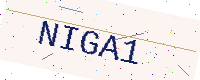
Text: NIGA1